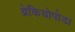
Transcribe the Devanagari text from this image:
ब्रेकियोपोडा